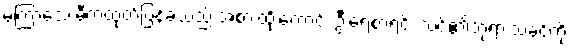
မကြာသေးမီကထုတ်ပြန်ခဲ့သည် အစားထိုးကောင်း ဦးရေစာရင်း သင်၏ဘုရားသခင်ကို